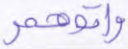
وآتوهم